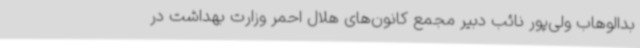
بدالوهاب ولی‌پور نائب دبیر مجمع کانون‌های هلال احمر وزارت بهداشت در